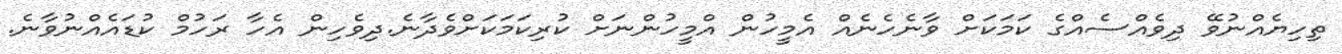
ތިހިޔެއްނުވޭ ދިވެއްސެއްގެ ކަމަަކަށް ވާނެހެނެއް އެމީހުން އްމީހުންނަށް ކުރިކަމަކަށްވެދާނެ.ދިވެހިން އެހާ ރަހުމް ކުޑައެއްނުވާނެ.